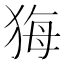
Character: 𤞦